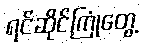
ရင်ဆိုင်ကြုံတွေ့